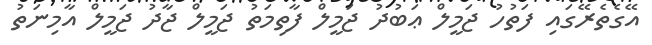
އޭގެތެރޭގައި ފަތުހު ޖަމީލް ޢަބުދު ޖަމީލް ފާތިމަތު ޖަމީލް ޖާދު ޖަމީލް އާމިނަތު